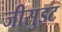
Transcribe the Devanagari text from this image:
जीसुइट